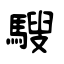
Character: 騪